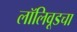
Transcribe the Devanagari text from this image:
लॉलिवूडचा